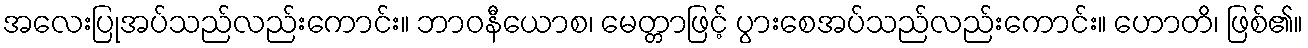
အလေးပြုအပ်သည်လည်းကောင်း။ ဘာဝနီယောစ၊ မေတ္တာဖြင့် ပွားစေအပ်သည်လည်းကောင်း။ ဟောတိ၊ ဖြစ်၏။